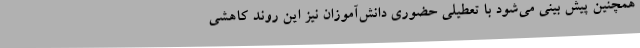
همچنین پیش بینی می‌شود با تعطیلی حضوری دانش‌آموزان نیز این روند کاهشی